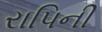
રાપિની